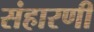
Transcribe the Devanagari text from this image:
संहारणी